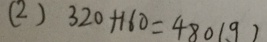
( 2 ) 3 2 0 + 1 6 0 = 4 8 0 ( g )